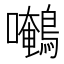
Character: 𱕯